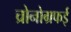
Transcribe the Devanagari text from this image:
च्रोनोग्रफई